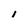
Character: l